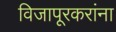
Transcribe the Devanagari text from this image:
विजापूरकरांना